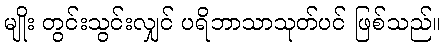
မျိုး တွင်းသွင်းလျှင် ပရိဘာသာသုတ်ပင် ဖြစ်သည်။